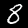
Digit: 8